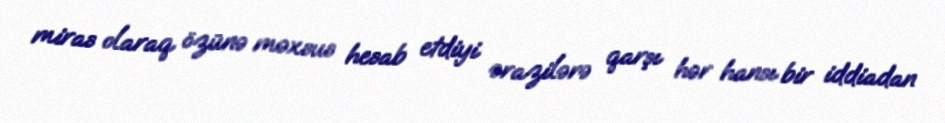
miras olaraq özünə məxsus hesab etdiyi ərazilərə qarşı hər hansı bir iddiadan